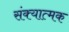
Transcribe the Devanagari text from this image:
संक्यात्मक